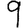
Digit: 9